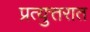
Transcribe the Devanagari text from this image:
प्रत्युत्तरात